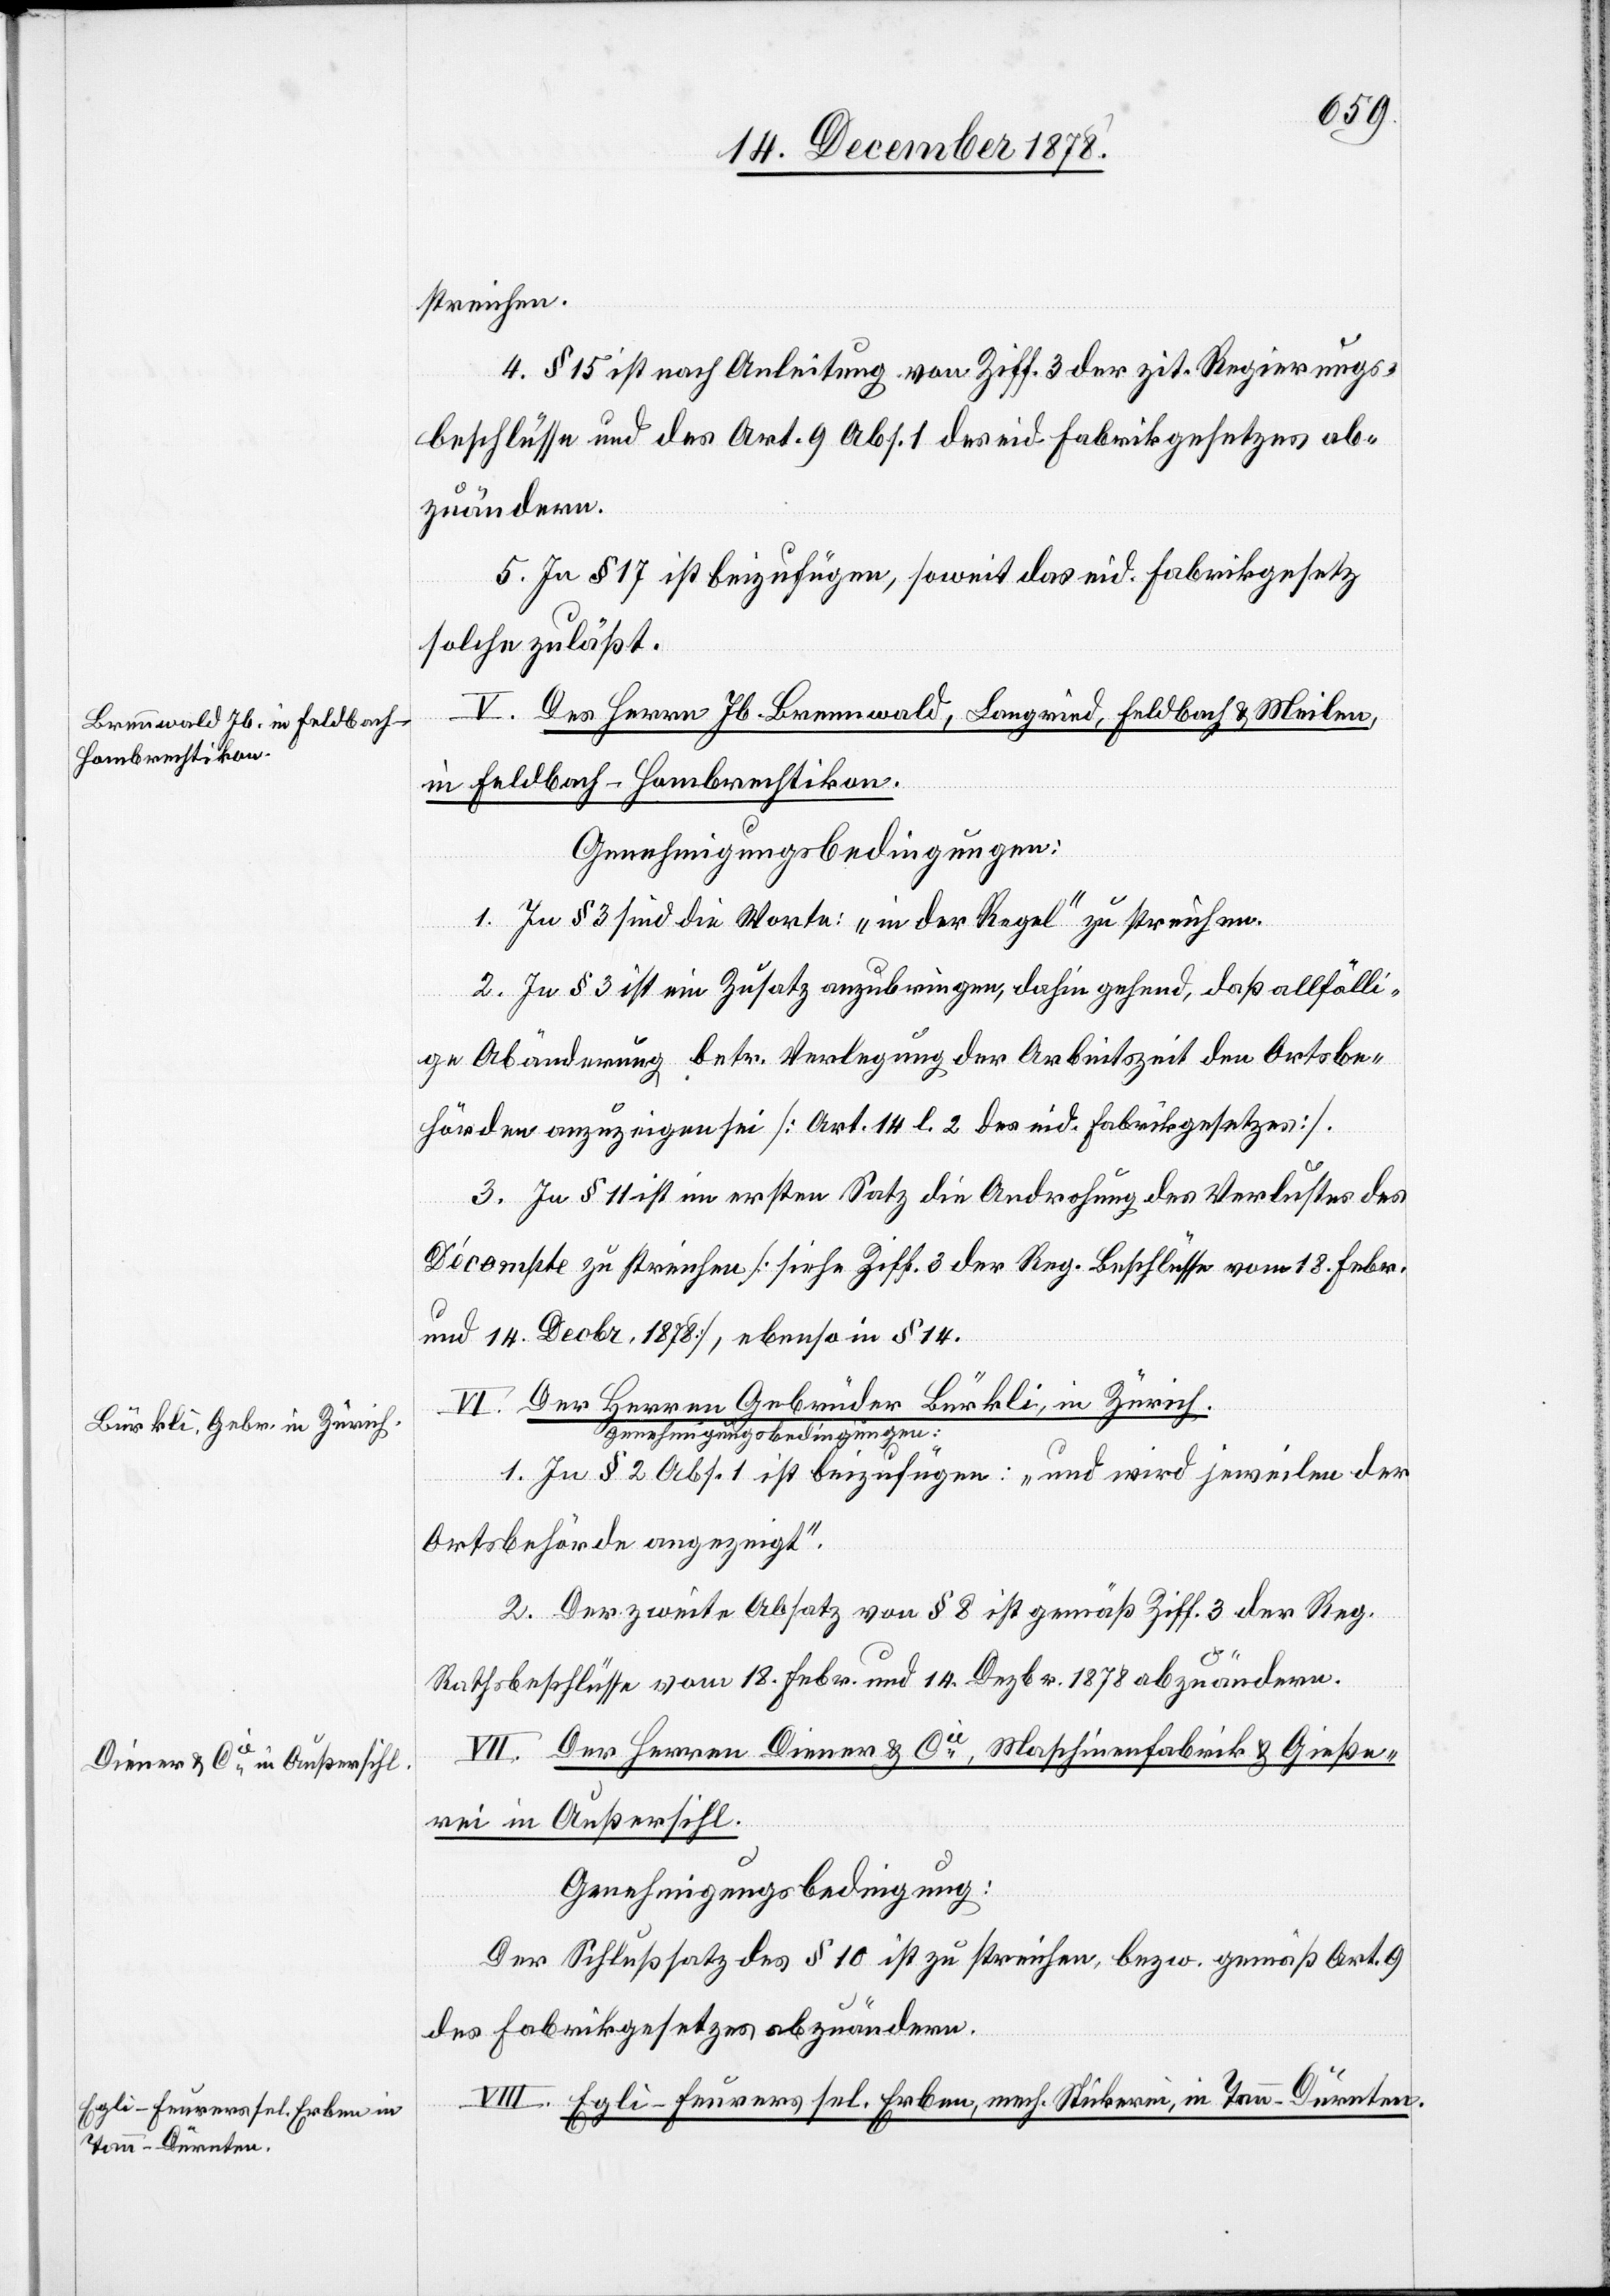
streichen.
4. § 15 ist nach Anleitung von Ziff. 3 der zit. Regierungs¬
beschlüsse und des Art. 9 Abs. 1 des eid. Fabrikgesetzes ab¬
zuändern.
5. In § 17 ist beizufügen, soweit das eid. Fabrikgesetz
solche zulässt.
V. Der Herrn Jb. Brennwald, Langried, Feldbach & Meilen,
in Feldbach - Hombrechtikon.
Genehmigungsbedingungen:
1. In § 3 sind die Worte: „in der Regel“ zu streichen.
2. In § 3 ist ein Zusatz anzubringen, dahin gehend, daß allfälli¬
ge Abänderung betr. Verlegung der Arbeitszeit den Ortsbe¬
hörden anzuzeigen sie [Art. 14 l. 2 des eid. Fabrikgesetzes].
3. In § 11 ist im ersten Satz die Androhung des Verlustes des
Décompte zu streichen [siehe Ziff. 3 der Reg. Beschlüsse vom 18. Febr.
und 14. Decbr. 1878], ebenso in § 14.
VI. Der Herren Gebrüder Bürkli, in Zürich.
Genehmigungsbedingungen:
1. In § 2 Abs. 1 ist beizufügen: „und wird jeweilen der
Ortsbehörde angezeigt.“
2. Der zweite Absatz von § 8 ist gemäß Ziff. 3 der Reg.
Rathsbeschlüsse vom 18. Febr. und 14. Dezbr. 1878 abzuändern.
VII. Der Herren Diener & Cie, Maschinenfabrik & Gieße¬
rei in Außersihl.
Genehmigungsbedingung:
Der Schlußsatz des § 10 ist zu streichen, bezw. gemäß Art. 9
des Fabrikgesetzes abzuändern.
VIII. Egli-Feurers sel. Erben, mech. Stickerei, in Tann - Dürnten.